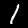
Digit: 1